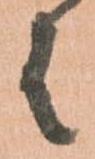
者